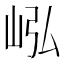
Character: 𪨭